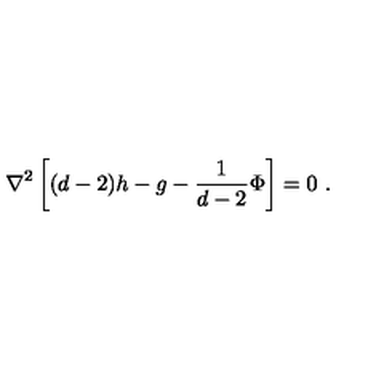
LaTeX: \nabla ^ { 2 } \left[ ( d - 2 ) h - g - \frac { 1 } { d - 2 } \Phi \right] = 0 \ .